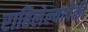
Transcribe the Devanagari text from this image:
राहिलेल्यापैंकी